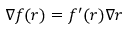
\nabla f ( r ) = f ^ { \prime } ( r ) \nabla r